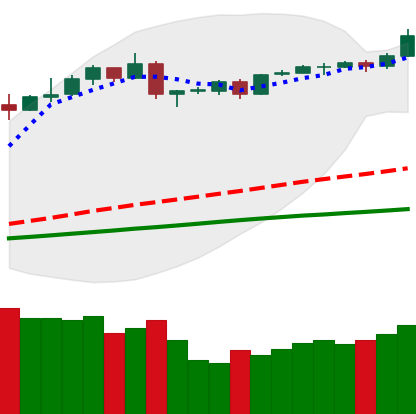
Ticker: BTC-USD
Chart end date: 2019-04-23
Forward return: -5.154%
Label: down_5_7